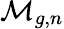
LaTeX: {\mathcal{M}}_{g,n}